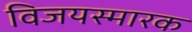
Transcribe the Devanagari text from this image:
विजयस्मारक